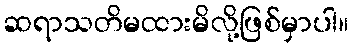
ဆရာသတိမထားမိလို့ဖြစ်မှာပါ။